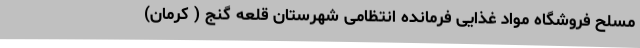
مسلح فروشگاه مواد غذایی فرمانده انتظامی شهرستان قلعه گنج ( کرمان)